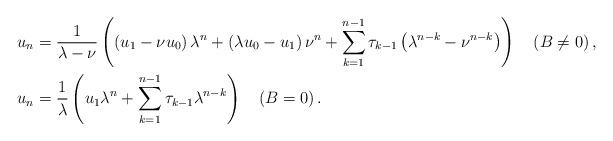
LaTeX: \begin{align*}u_{n} & =\frac{1}{\lambda-\nu}\left( \left( u_{1}-\nu u_{0}\right)\lambda^{n}+\left( \lambda u_{0}-u_{1}\right) \nu^{n}+\sum_{k=1}^{n-1}\tau_{k-1}\left( \lambda^{n-k}-\nu^{n-k}\right) \right) \quad\left(B\neq0\right) ,\\u_{n} & =\frac{1}{\lambda}\left( u_{1}\lambda^{n}+\sum_{k=1}^{n-1}\tau_{k-1}\lambda^{n-k}\right) \quad\left( B=0\right) . \end{align*}